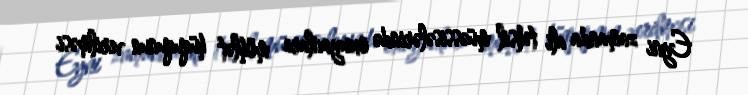
Eyni zamanda ali təhsil müəssisələrində oxuyanlara möhlət hüququnun verilməsi